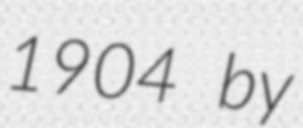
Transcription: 1904 by